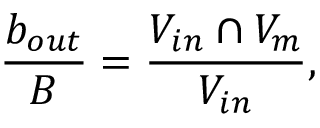
\frac { b _ { o u t } } { B } = \frac { V _ { i n } \cap V _ { m } } { V _ { i n } } ,